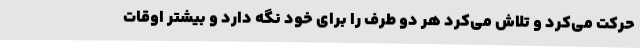
حرکت می‌کرد و تلاش می‌کرد هر دو طرف را برای خود نگه دارد و بیشتر اوقات